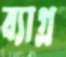
ব্যাগ্র